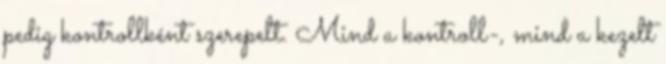
pedig kontrollként szerepelt. Mind a kontroll-, mind a kezelt